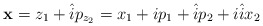
\begin{align*}\textbf{x}=z_1+\hat{i}p_{z_2}=x_1+ip_1+\hat{i}p_2+i\hat{i}x_2\end{align*}